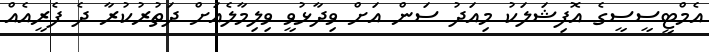
އެމްޓީސީސީގެ އޮފިޝަލަކު މިއަދު ސަން އަށް ވިދާޅުވީ ވިލިމާލެއަށް ދަތުރުކުރާ ދެ ފެރީއެއް